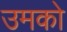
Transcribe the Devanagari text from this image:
उमको